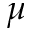
\mu